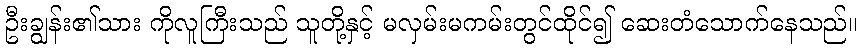
ဦးချွန်း၏သား ကိုလူကြီးသည် သူတို့နှင့် မလှမ်းမကမ်းတွင်ထိုင်၍ ဆေးတံသောက်နေသည်။